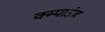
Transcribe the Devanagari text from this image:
क्म्पाउंड